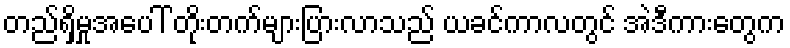
တည်ရှိမှုအပေါ် တိုးတက်များပြားလာသည် ယခင်ကာလတွင် အဲဒီကားတွေက